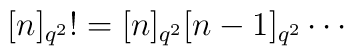
\lbrack n]_{q^{2}}!=[n]_{q^{2}}[n-1]_{q^{2}}\cdots